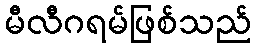
မီလီဂရမ်ဖြစ်သည်